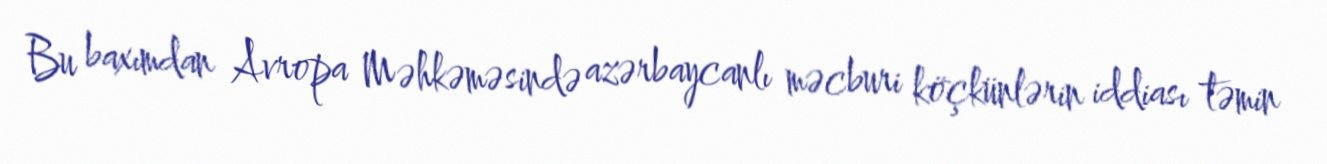
Bu baxımdan Avropa Məhkəməsində azərbaycanlı məcburi köçkünlərin iddiası təmin